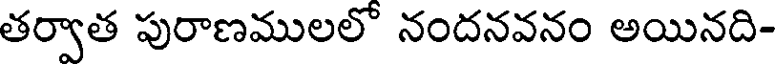
తర్వాత పురాణములలో నందనవనం అయినది-